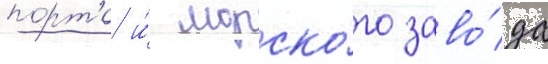
порта и́ морско́го заво́да